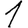
Digit: 1